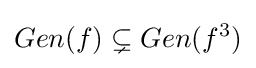
Gen(f)\subsetneq Gen(f^{3})